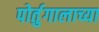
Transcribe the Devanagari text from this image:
पोर्तुगालाच्या